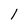
Character: 1